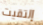
إلتقيت